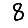
Digit: 8